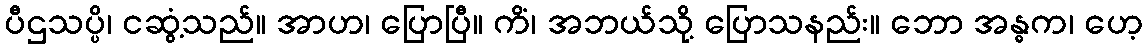
ပီဌသပ္ပိ၊ ငဆွံ့သည်။ အာဟ၊ ပြောပြီ။ ကိံ၊ အဘယ်သို့ ပြောသနည်း။ ဘော အန္ဓက၊ ဟေ့